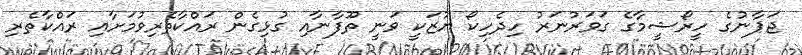
ޖަޕާނުގެ ހީރޯޝީމާގެ ގަވަރުނަރު ހިދެހިކޯ ޔުޒަކީ ވަނީ ތޫފާނާއި ގުޅިގެން ރައްކާތެރިވުމަށާއި ރައްކާތެރި